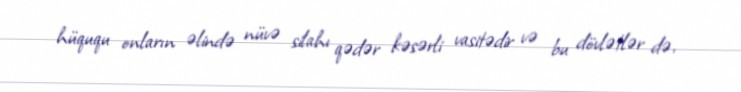
hüququ onların əlində nüvə silahı qədər kəsərli vasitədir və bu dövlətlər də,